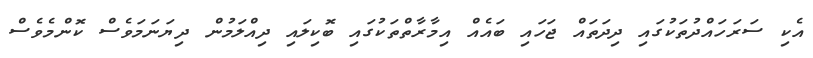
އެކި ސަރަހައްދުތަކުގައި ދިދަތައް ޖަހައި ބައެއް އިމާރާތްތަކުގައި ބޮކިލައި ދިއްލަމުން ދިޔަނަމަވެސް ކޮންމެވެސް